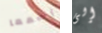
إسمعا إلى